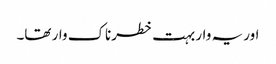
اور یہ وار بہت خطرناک وار تھا۔